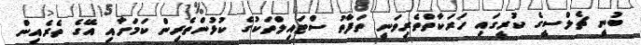
ބުނީ ޗެލްސީގެ ކުރީގައި ހަރަކާތްތެރިވަނީ ތަފާތު ސްޓައިލްތަކުގެ ކުޅުންތެރިން ކަމަށާއި އޭގެ ތެރެއިން